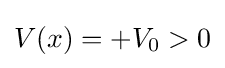
V(x)=+V_{0}>0